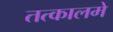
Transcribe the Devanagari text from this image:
तत्कालमे